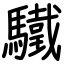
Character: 驖